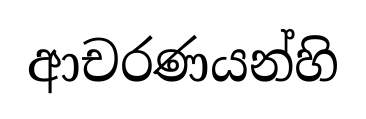
ආචරණයන්හි